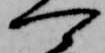
可